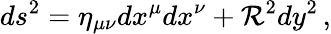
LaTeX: ds^{2}=\eta_{\mu\nu}dx^{\mu}dx^{\nu}+\mathcal{R}^{2}dy^{2}\, ,